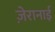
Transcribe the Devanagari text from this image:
ज़ेरानाई